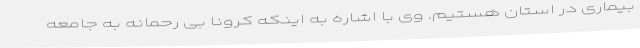
بیماری در استان هستیم. وی با اشاره به اینکه کرونا بی رحمانه به جامعه